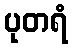
ပုတရံ